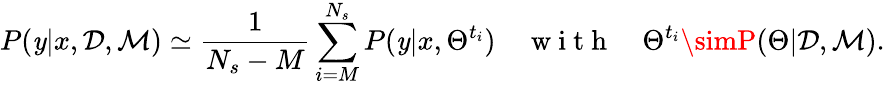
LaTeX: P(\mathit{y}|x,\mathcal{{D}},\mathcal{{M}})\simeq\frac{{1}}{{N_{s}-M}}\sum_{i=M}^{N_{s}}P(\mathit{y}|x,\Theta^{t_{i}})\quad\mathrm{{~w~i~t~h~}}\quad\Theta^{t_{i}}\simP(\Theta|\mathcal{{D}},\mathcal{{M}}).